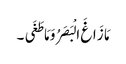
مَا زَاغَ الْبَصَرُ وَ مَا طَغَی ۔